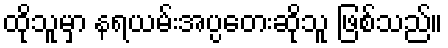
ထိုသူမှာ နရယမ်းအပ္ပတေးဆိုသူ ဖြစ်သည်။